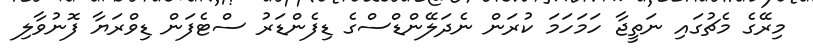
މިރޭގެ މެޗުގައި ނަތީޖާ ހަމަހަމަ ކުރަން ނެދަލޭންޑްސްގެ ޑިފެންޑަރު ސްޓެފަން ޑިވްރަޔާ ފޮނުވާލި